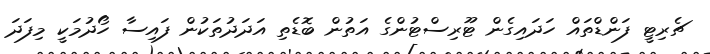
ޗެރިޓީ ފަންޑްތައް ހަދައިގެން ޓޫރިސްޓުންގެ އަތުން ބޮޑެތި އަދަދުތަކުން ފައިސާ ހޯދުމަކީ މިފަދަ